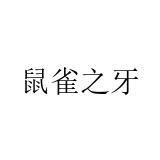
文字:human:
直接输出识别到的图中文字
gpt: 鼠雀之牙